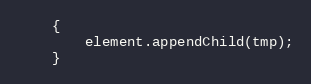
Language: JavaScript
	{
		element.appendChild(tmp);
	}